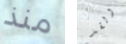
منذ ولقد